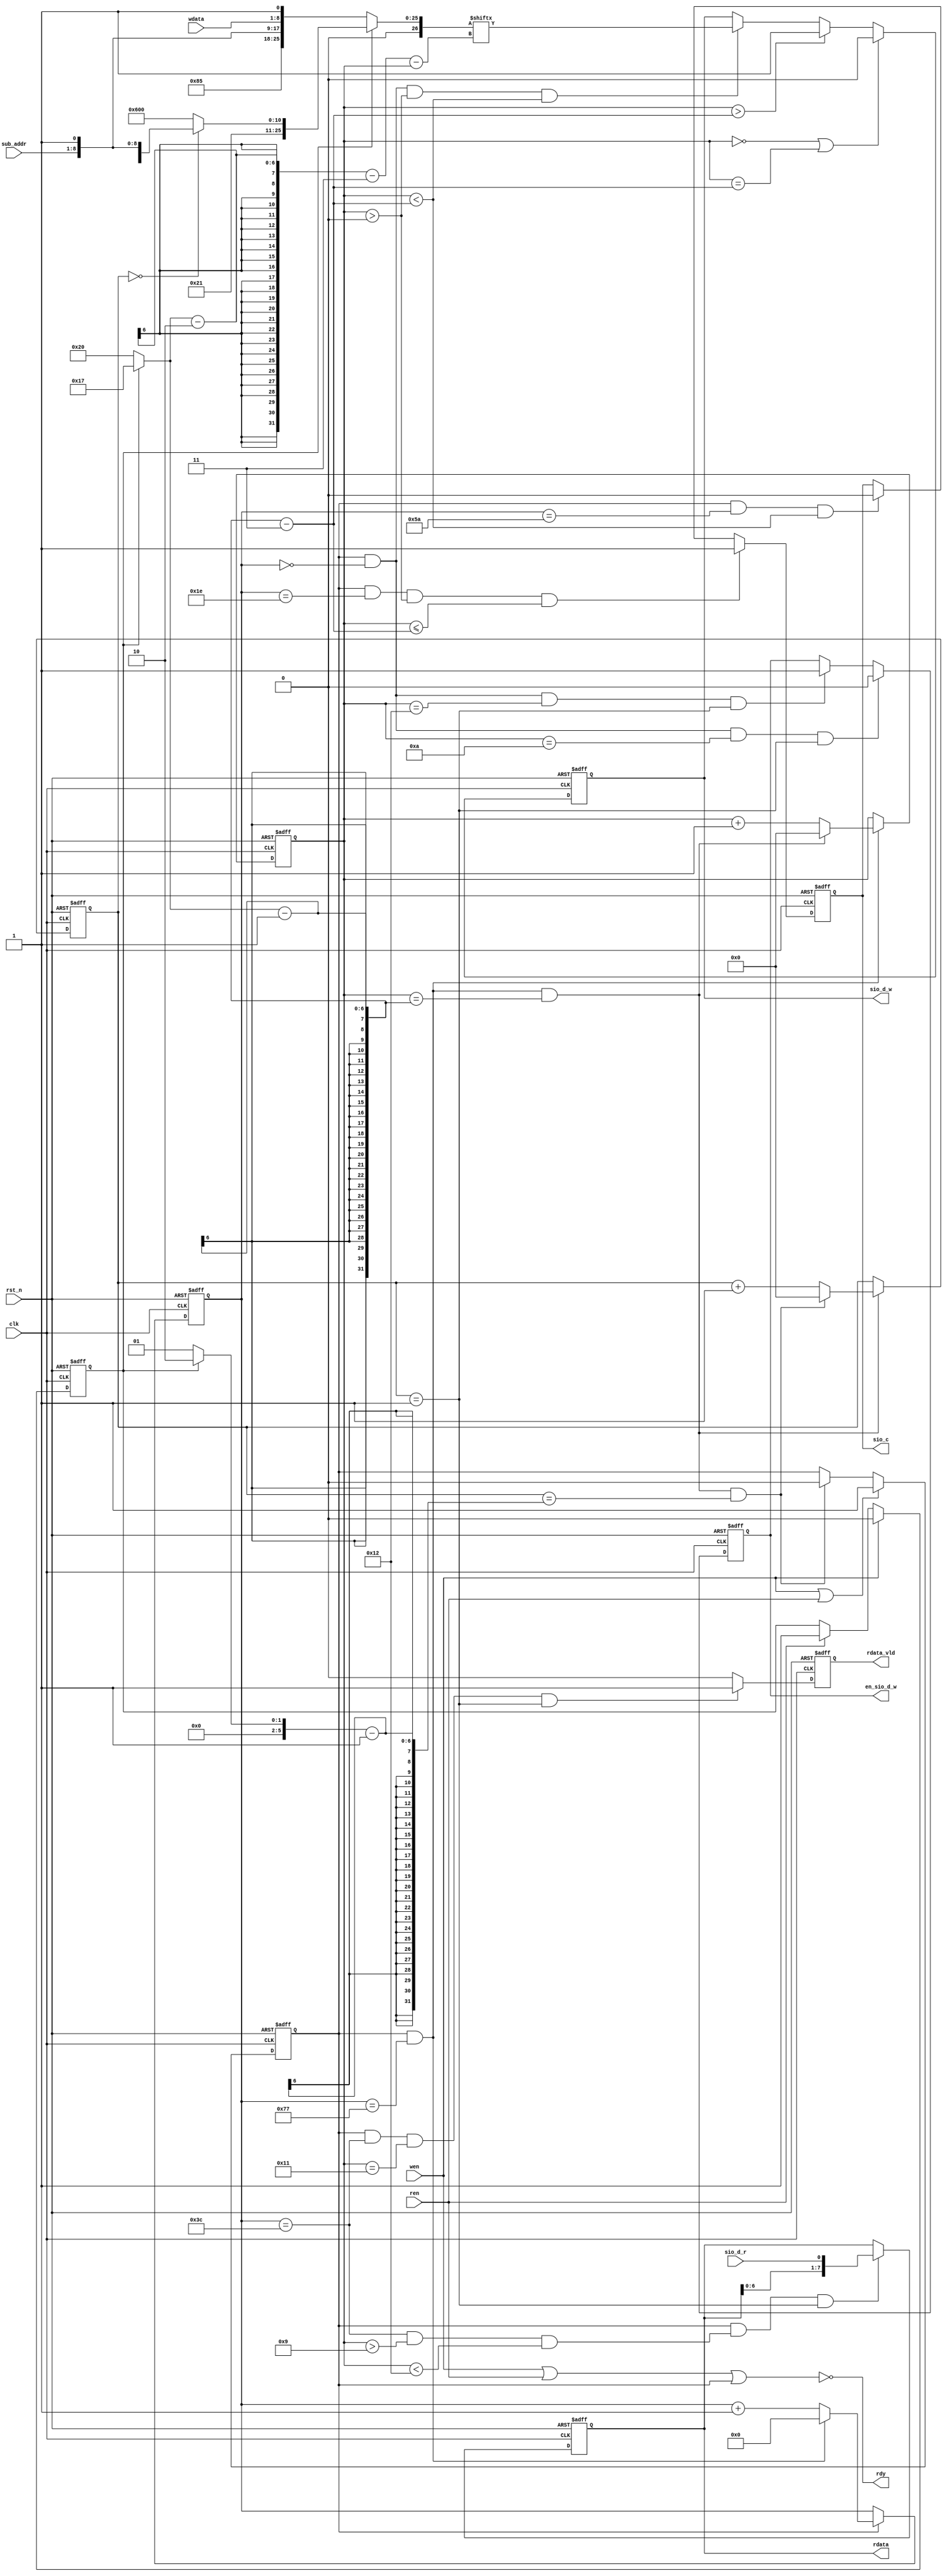
module sccb(
    clk       ,
    rst_n     ,
    ren       ,
    wen       ,
    sub_addr  ,
    rdata     ,
    rdata_vld ,
    wdata     ,
    rdy       ,
    sio_c     ,
    sio_d_r   ,
    en_sio_d_w,
    sio_d_w         
);

    //
    parameter      SIO_C  = 120; 
    parameter      I2C_ADDR = 7'h21;

    //
    input               clk      ;//25m
    input               rst_n    ;
    input               ren      ;
    input               wen      ;
    input [7:0]         sub_addr ;
    input [7:0]         wdata    ;

    //
    output reg  [7:0]         rdata    ;
    output reg                rdata_vld;
    output reg               sio_c    ;//208kHz
    output                 rdy      ;

    input                   sio_d_r   ;
    output reg             en_sio_d_w;
    output reg             sio_d_w   ;

    reg  [7:0]         cnt0;
    wire                add_cnt0;
    wire                end_cnt0;

    reg  [4:0]         cnt1;
    wire                add_cnt1;
    wire                end_cnt1;

    reg  [4:0]         cnt2;
    wire                add_cnt2;
    wire                end_cnt2;

    reg                 flag_add;
    reg  [5:0]         x;
    reg  [5:0]         y;
    reg                 flag_sel;

    reg  [26:0]         data;
    


    always @(posedge clk or negedge rst_n)begin
        if(!rst_n)begin
            cnt0 <= 0;
        end
        else if(add_cnt0)begin
            if(end_cnt0)
                cnt0 <= 0;
            else
                cnt0 <= cnt0 + 1;
        end
    end

    assign add_cnt0 = (flag_add == 1'b1);
    assign end_cnt0 = add_cnt0 && cnt0== (SIO_C - 1);

    always @(posedge clk or negedge rst_n)begin 
        if(!rst_n)begin
            cnt1 <= 0;
        end
        else if(add_cnt1)begin
            if(end_cnt1)
                cnt1 <= 0;
            else
                cnt1 <= cnt1 + 1;
        end
    end

    assign add_cnt1 = end_cnt0;
    assign end_cnt1 = add_cnt1 && cnt1== (x - 1);

    always @(posedge clk or negedge rst_n)begin
        if(!rst_n)begin
            cnt2 <= 0;
        end
        else if(add_cnt2)begin
            if(end_cnt2)
                cnt2 <= 0;
            else
                cnt2 <= cnt2 + 1;
        end
    end

    assign add_cnt2 = end_cnt1;
    assign end_cnt2 = add_cnt2 && cnt2== (y - 1);
     

    always  @(posedge clk or negedge rst_n)begin
        if(rst_n==1'b0)begin
            flag_add <= 1'b0;
        end
        else if(wen || ren)begin
            flag_add <= 1'b1;
        end
        else if(end_cnt2)begin
            flag_add <= 1'b0;
        end
    end


    always  @(posedge clk or negedge rst_n)begin
        if(rst_n==1'b0)begin
            flag_sel <= 1'b0;
        end
        else if(wen)begin
            flag_sel <= 1'b0;
        end
        else if(ren)begin
            flag_sel <= 1'b1;
        end
    end


    always  @(*)begin
        if(flag_sel == 1'b0) begin
            x = 32;
            y = 1;
        end
        else begin
            x = 23;
            y = 2;
        end
    end

    always  @(*)begin
        if(flag_sel == 1'b0) begin
            data = {7'h21, 
                    1'b0, 
                    1'b1, 
                    sub_addr,
                    1'b1,
                    wdata,
                    1'b1};
        end
        else begin
            if(cnt2 == 0) begin
                 data = {7'h21, 
                         1'b0, 
                         1'b1, 
                         sub_addr,
                         1'b1};
            end
            else begin
                 data = {7'h21, 
                         1'b1, 
                         1'b1, 
                         8'h00,
                         1'b0};
            end
        end
    end


    always  @(posedge clk or negedge rst_n)begin
        if(rst_n==1'b0)begin
            sio_c <= 1'b1;
        end
        else if(add_cnt0 && cnt0 == (SIO_C / 4) && cnt1 > 0 && cnt1 <= (x - 1 - 3))begin
            sio_c <= 1'b1;
        end
        else if(add_cnt0 && cnt0 == (SIO_C * 3 / 4) && cnt1 < (x - 1 - 3))begin
            sio_c <= 1'b0;
        end
    end

    always  @(posedge clk or negedge rst_n)begin
        if(rst_n==1'b0)begin
            sio_d_w <= 1'b1;
        end
        else if(cnt1 == 0 || cnt1 == (x - 1 - 3))begin
            sio_d_w <= 1'b0;
        end
       // else if(add_cnt0 && cnt0 == (1 - 1) && cnt1 == (x - 1 - 2))begin
       //     sio_d_w <= 1'b0;
       // end
        else if(cnt1 > (x - 1 - 3)) begin
            sio_d_w <= 1'b1;
        end
        else if(add_cnt0 && cnt0 == (1 - 1) && cnt1 > (1 - 1) && cnt1 < (x - 1 - 3)) begin
            sio_d_w <= data[x - 2 - 3 - cnt1];
        end
    end

    always  @(posedge clk or negedge rst_n)begin
        if(rst_n==1'b0)begin
            en_sio_d_w <= 1'b1;
        end
        else if(add_cnt0 && cnt0 == (1 -1) && cnt1 == (11 - 1) && cnt2 == (2 - 1))begin
            en_sio_d_w <= 1'b0;
        end
        else if(add_cnt0 && cnt0 == (1 - 1) && cnt1 == (19 - 1) && cnt2 == (2 - 1))begin
            en_sio_d_w <= 1'b1;
        end
    end

    always  @(posedge clk or negedge rst_n)begin
        if(rst_n==1'b0)begin
            rdata <= 8'hff;
        end
        else if(add_cnt0 && (cnt0 == (SIO_C / 2) && cnt1 > 9 && cnt1 < 18) && cnt2 == (2 - 1))begin
            rdata <= {rdata[6:0], sio_d_r};
        end
    end

    always  @(posedge clk or negedge rst_n)begin
        if(rst_n==1'b0)begin
            rdata_vld <= 1'b0;
        end
        else if(add_cnt0 && cnt0 == (SIO_C / 2) && cnt1 == (18 - 1) && cnt2 == (2 - 1))begin
            rdata_vld <= 1'b1;
        end
        else begin
            rdata_vld <= 1'b0;
        end
    end

    assign rdy = ~(wen | ren | flag_add);

endmodule